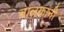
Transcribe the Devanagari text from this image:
बालकांनी